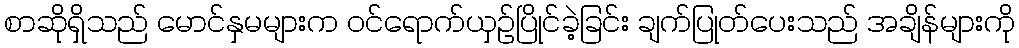
စာဆိုရှိသည် မောင်နှမများက ဝင်ရောက်ယှဉ်ပြိုင်ခဲ့ခြင်း ချက်ပြုတ်ပေးသည် အချိန်များကို